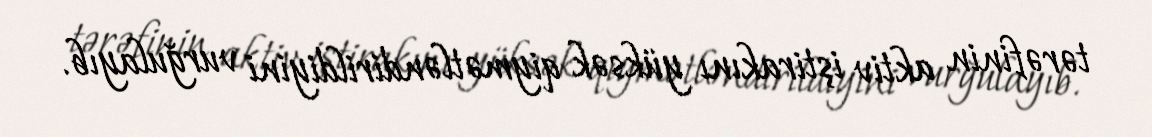
tərəfinin aktiv iştirakını yüksək qiymətləndirildiyini vurğulayıb.